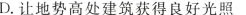
D.让地势高处建筑获得良好光照